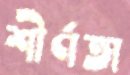
শীর্ণতা